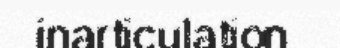
inarticulation